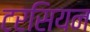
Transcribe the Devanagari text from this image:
टरसियन